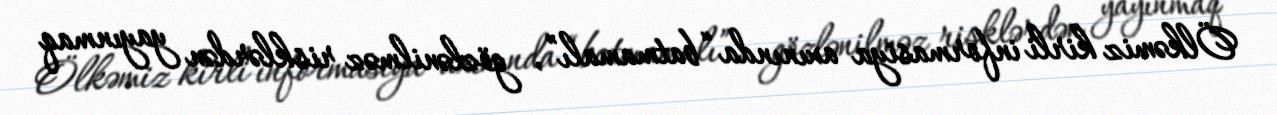
Ölkəmiz kirli informasiya axınında “batmamalı”, gözlənilməz risklərdən yayınmaq